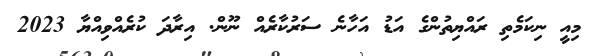
މިއީ ނިކަމެތި ރައްޔިތުންގެ އަޑު އަހާނެ ސަރުކާރެއް ނޫން. އިރާދަ ކުރެއްވިއްޔާ 2023